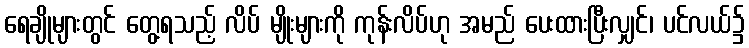
ရေချိုများတွင် တွေ့ရသည့် လိပ် မျိုးများကို ကုန်းလိပ်ဟု အမည် ပေးထားပြီးလျှင်၊ ပင်လယ်၌